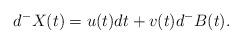
LaTeX: \begin{align*}d^-X(t) = u(t)dt + v(t)d^-B(t).\end{align*}